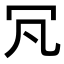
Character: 𠕵